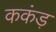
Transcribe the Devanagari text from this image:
ककंड़